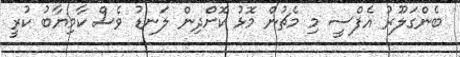
ބެންގަލޫރު އެފްސީ މި މެޗުން މޮޅު ކޮށްދިން ލަނޑު ވެސް ކާމިޔާބު ކުރީ